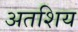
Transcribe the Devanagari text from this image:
अतशिय